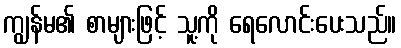
ကျွန်မ၏ စာများဖြင့် သူ့ကို ရေလောင်းပေးသည်။